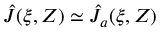
\hat { J } ( \xi , Z ) \simeq \hat { J } _ { a } ( \xi , Z )